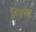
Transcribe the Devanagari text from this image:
सिमनेल